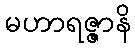
မဟာရဇ္ဇာနိ